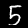
Digit: 5